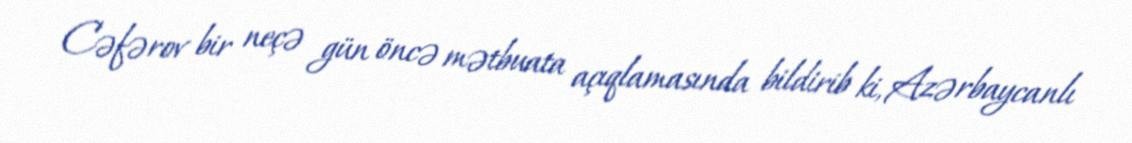
Cəfərov bir neçə gün öncə mətbuata açıqlamasında bildirib ki, Azərbaycanlı